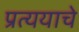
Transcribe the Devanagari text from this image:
प्रत्ययाचे